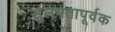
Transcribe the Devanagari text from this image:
सुलभतापूर्वक